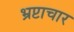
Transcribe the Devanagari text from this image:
भ्रप्टाचार